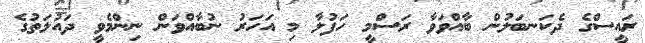
ރައީސްގެ ދެކަނބަލުން ބާއްވަވާ ރަސްމީ ހަފުލާ މި އަހަރު ނުބާއްވަން ނިންމެވީ ދައުލަތުގެ